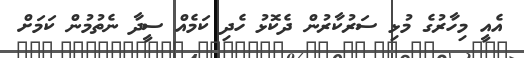
އެއީ މިހާރުގެ މުޅި ސަރުކާރުން ދެކޮޅު ހެދި ކަމެއް ސީދާ ނެތުމުން ކަމަށް